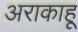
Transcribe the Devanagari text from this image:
अराकाहू